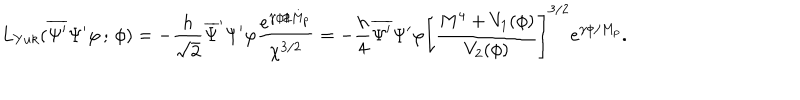
L _ { Y u k } ( \overline { { { \Psi ^ { \prime } } } } \Psi ^ { \prime } \varphi \, ; \, \phi ) = - \frac { h } { \sqrt { 2 } } \overline { { { \Psi } } } ^ { \prime } \Psi ^ { \prime } \varphi \frac { e ^ { \gamma \phi / M _ { p } } } { \chi ^ { 3 / 2 } } = - \frac { h } { 4 } \overline { { { \Psi ^ { \prime } } } } \Psi ^ { \prime } \varphi \left[ \frac { M ^ { 4 } + V _ { 1 } ( \phi ) } { V _ { 2 } ( \phi ) } \right] ^ { 3 / 2 } e ^ { \gamma \phi / M _ { p } } .